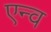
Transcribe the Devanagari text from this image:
एन्व